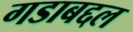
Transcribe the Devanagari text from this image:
गडाबद्दल